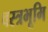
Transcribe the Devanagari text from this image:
वस्त्रभूमि